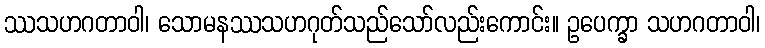
ဿသဟဂတာဝါ၊ သောမနဿသဟဂုတ်သည်သော်လည်းကောင်း။ ဥပေက္ခာ သဟဂတာဝါ၊